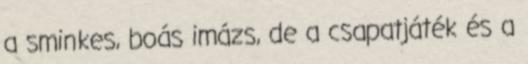
a sminkes, boás imázs, de a csapatjáték és a